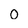
Character: 0